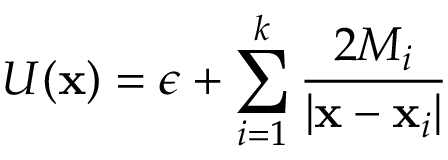
U ( { \bf x } ) = \epsilon + \sum _ { i = 1 } ^ { k } \frac { 2 M _ { i } } { | { \bf x } - { \bf x } _ { i } | }